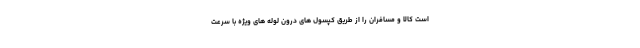
است کالا و مسافران را از طریق کپسول های درون لوله های ویژه با سرعت